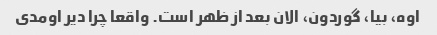
اوه، بیا، گوردون، الان بعد از ظهر است. واقعا چرا دیر اومدی